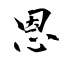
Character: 恩